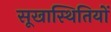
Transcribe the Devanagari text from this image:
सूखास्थितियों